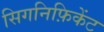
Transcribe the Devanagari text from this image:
सिगनिफ़िकेंट